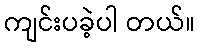
ကျင်းပခဲ့ပါ တယ်။